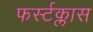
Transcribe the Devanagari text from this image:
फर्स्टक्लास